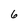
Character: 6